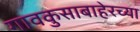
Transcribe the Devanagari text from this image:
गावकुसाबाहेरच्या